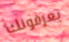
يعرفونك